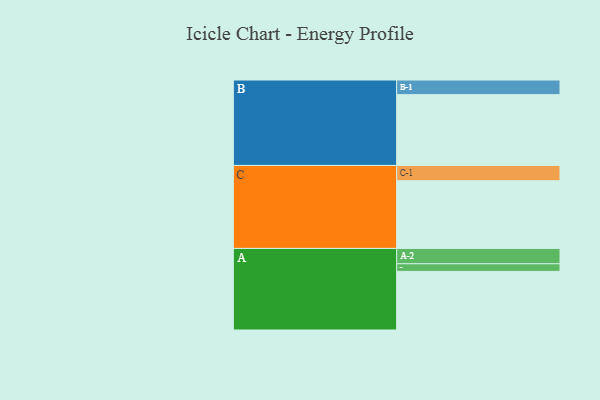
{"axis": {"x": "Segment", "y": "Value"}, "legend": ["", "A", "B", "C"], "data": [{"x": "A", "y": 452, "type": ""}, {"x": "B", "y": 546, "type": ""}, {"x": "C", "y": 522, "type": ""}, {"x": "A-1", "y": 59, "type": "A"}, {"x": "A-2", "y": 118, "type": "A"}, {"x": "B-1", "y": 113, "type": "B"}, {"x": "C-1", "y": 118, "type": "C"}]}